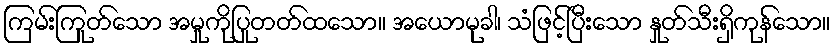
ကြမ်းကြုတ်သော အမှုကိုပြုတတ်ထသော။ အယောမုခါ၊ သံဖြင့်ပြီးသော နှုတ်သီးရှိကုန်သော။